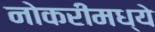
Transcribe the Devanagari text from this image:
नोकरीमध्ये